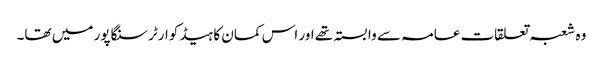
وہ شعبہ تعلقات عامہ سے وابستہ تھے اور اس کمان کا ہیڈ کوارٹر سنگاپور میں تھا۔